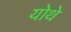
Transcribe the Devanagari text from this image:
योथे